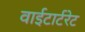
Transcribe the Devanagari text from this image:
वाईटार्टरेट